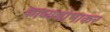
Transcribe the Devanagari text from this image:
काव्यशोभाकर